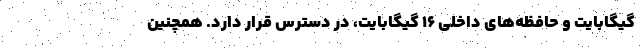
گیگابایت و حافظه‌های داخلی 16 گیگابایت، در دسترس قرار دارد. همچنین